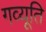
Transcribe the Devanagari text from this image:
गव्यूति